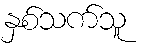
နှစ်သက်သူ